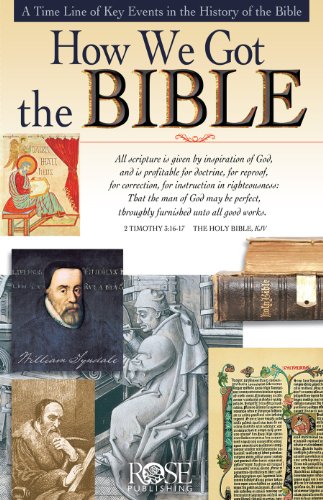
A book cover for How We Got the Bible: A Timeline of Key Events and History of the Bible (Increase Your Confidence in the Reliability of the Bible); Rose Publishing; Christian Books & Bibles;